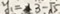
y _ { 1 } = 3 - \sqrt { 5 }